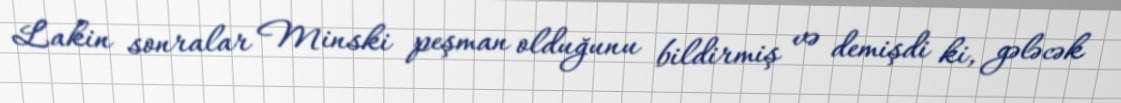
Lakin sonralar Minski peşman olduğunu bildirmiş və demişdi ki, gələcək